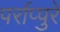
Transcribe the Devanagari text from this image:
पर्राप्पुरे